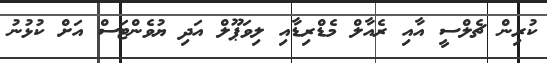
ކުރިން ޗެލްސީ އާއި ރެއާލް މެޑްރިޑާއި ލިވަޕޫލް އަދި ޔުވެންޓަސް އަށް ކުޅުނު